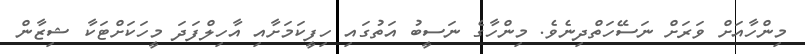
މިންހާއަށް ވަރަށް ނަސޭހަތްދިނެވެ. މިންހާގެ ނަސީބު އަތުގައި ހިފީކަމަށާއި އާހިލްފަދަ މީހަކަށްޓަކާ ޝިޒާން